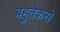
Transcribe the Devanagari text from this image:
बहुतेकसे